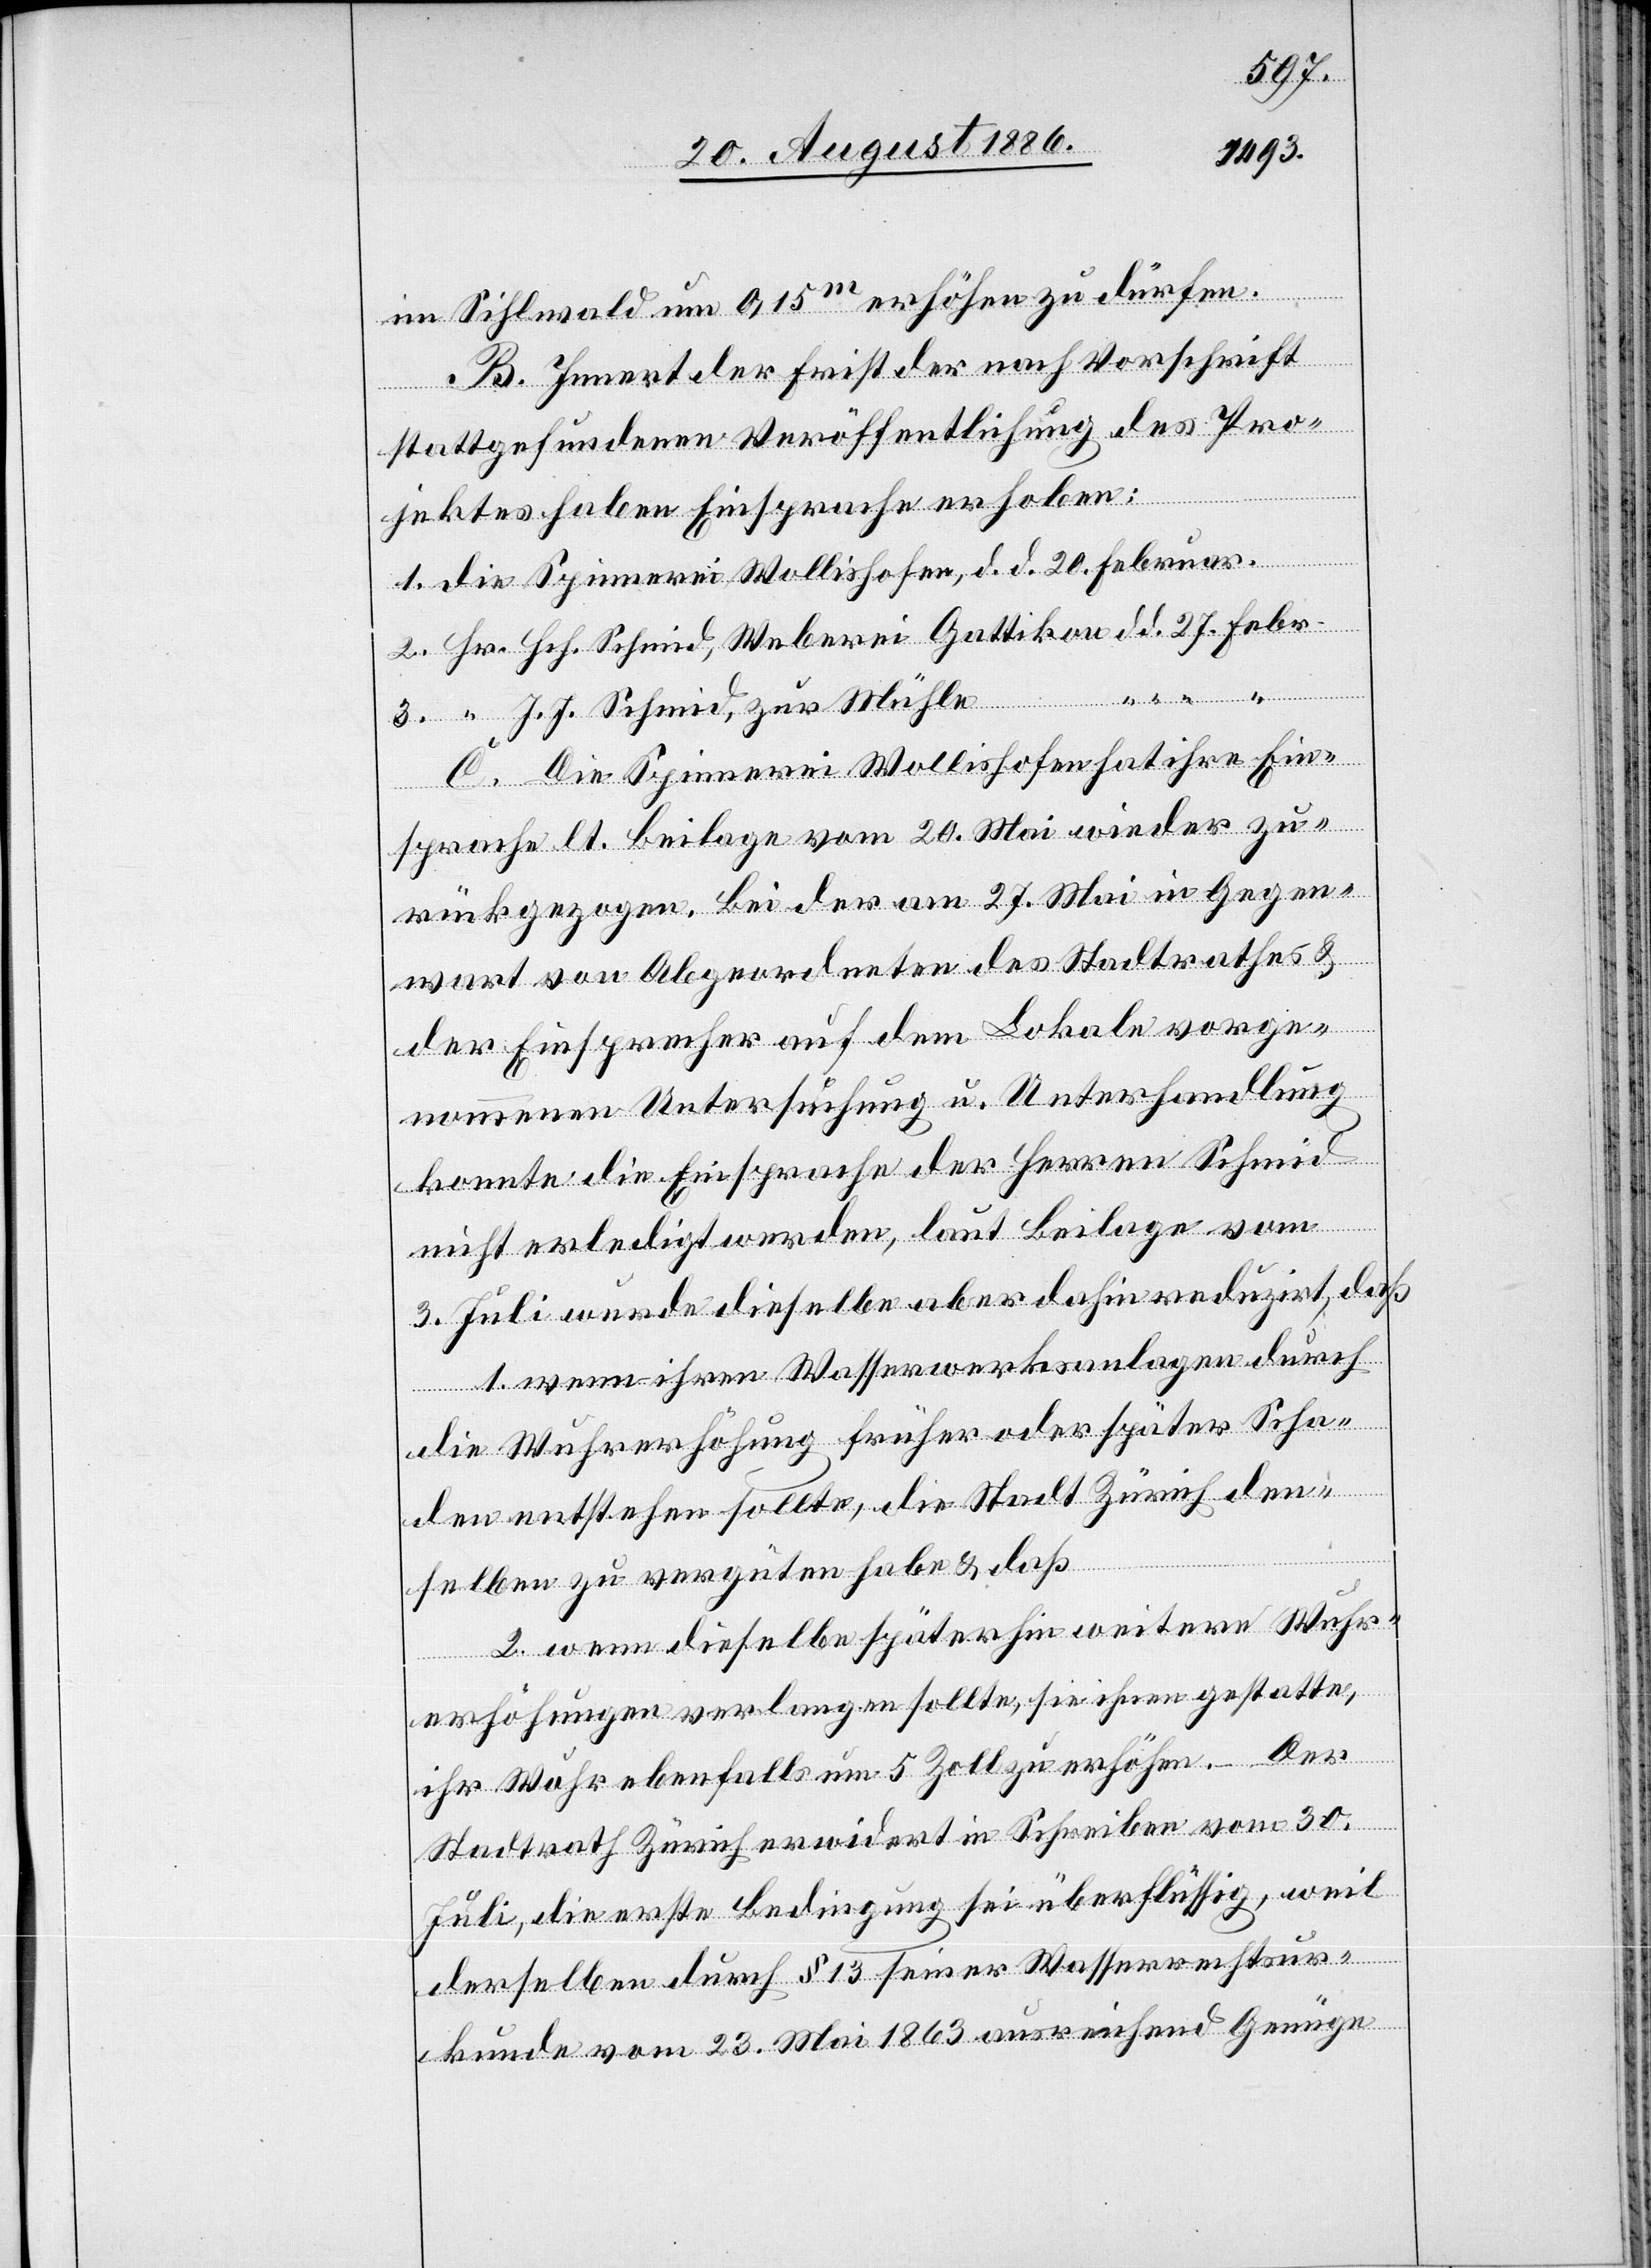
27.
im Sihlwald um 0,15m erhöhen zu dürfen.
B. Innert der Frist der nach Vorschrift
stattgefundenen Veröffentlichung des Pro¬
jektes haben Einsprache erhoben:
Weberei Gattikon
J. J. Schmid, zur Mühle
C. Die Spinnerei Wollishofen hat ihre Ein¬
sprache lt. Beilage vom 20. Mai wieder zu¬
rückgezogen. Bei der am 27. Mai in Gegen¬
wart von Abgeordneten des Stadtrathes &
der Einsprecher auf dem Lokale vorge¬
nommenen Untersuchung u. Unterhandlung
konnte die Einsprache der Herren Schmid
Febr.
nicht erledigt werden, laut Beilage vom
3. Juli wurde dieselbe aber dahin erledigt, daß
1. wenn ihren Wasserwerksanlagen durch
die Wuhrerhöhung früher oder später Scha¬
“
den entstehen sollte, die Stadt Zürich den¬
selben zu vergüten habe & daß
2. wenn dieselbe späterhin weitere Wuhr¬
erhöhungen verlangen sollte, sie ihnen gestatte,
ihr Wuhr ebenfalls um 5 Zoll zu erhöhen. – Der
Stadtrath Zürich erwidert in Schreiben vom 30.
Juli, die erste Bedingung sei überflüssig, weil
derselben durch § 13 seiner Wasserrechtsur¬
kunde vom 23. Mai 1863 ausreichend Genüge

Die